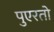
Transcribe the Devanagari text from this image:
पुएरतो